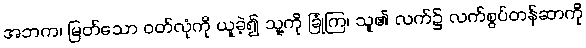
အဘက၊ မြတ်သော ဝတ်လုံကို ယူခဲ့၍ သူ့ကို ခြုံကြ၊ သူ၏ လက်၌ လက်စွပ်တန်ဆာကို